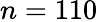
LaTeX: n=110